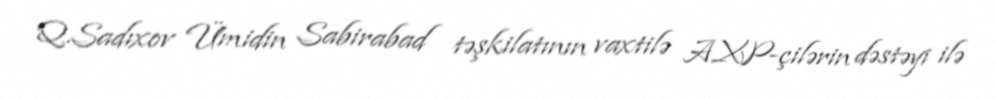
Q.Sadıxov Ümidin Sabirabad təşkilatının vaxtilə AXP-çilərin dəstəyi ilə